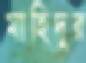
মাহিদুর